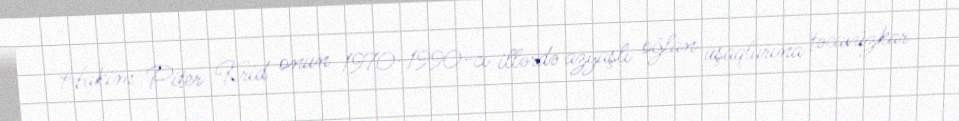
Hakim Piter Krid onun 1970-1990-cı illərdə azyaşlı oğlan uşaqlarına təcavüzkar